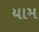
યામ